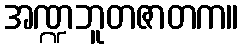
အဏ္ဍဘူတဇာတက။